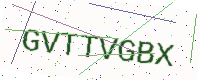
Text: GVTTVGBX